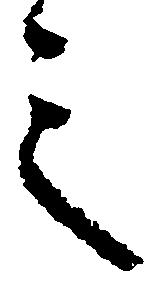
之